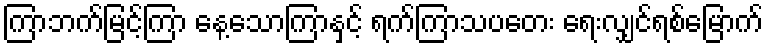
ကြာဘက်မြင့်ကြာ နေ့သောကြာနှင့် ရက်ကြာသပတေး ရေးလျှင်ရစ်မြောက်